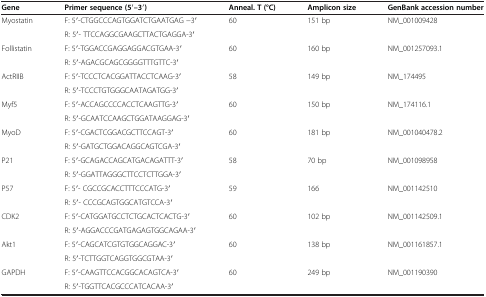
<table><thead><tr><td><b>Gene</b></td><td><b>Primer sequence (5′–3′)</b></td><td><b>Anneal. T (°C)</b></td><td><b>Amplicon size</b></td><td><b>GenBank accession number</b></td></tr></thead><tbody><tr><td rowspan="2">Myostatin</td><td>F: 5′-CTGGCCCAGTGGATCTGAATGAG −3′</td><td rowspan="2">60</td><td rowspan="2">151 bp</td><td rowspan="2">NM_001009428</td></tr><tr><td>R: 5′- TTCCAGGCGAAGCTTACTGAGGA-3′</td></tr><tr><td rowspan="2">Follistatin</td><td>F: 5′-TGGACCGAGGAGGACGTGAA-3′</td><td rowspan="2">60</td><td rowspan="2">160 bp</td><td rowspan="2">NM_001257093.1</td></tr><tr><td>R: 5′-AGACGCAGCGGGGTTTGTTC-3′</td></tr><tr><td rowspan="2">ActRIIB</td><td>F: 5′-TCCCTCACGGATTACCTCAAG-3′</td><td rowspan="2">58</td><td rowspan="2">149 bp</td><td rowspan="2">NM_174495</td></tr><tr><td>R: 5′-TCCCTGTGGGCAATAGATGG-3′</td></tr><tr><td rowspan="2">Myf5</td><td>F: 5′-ACCAGCCCCACCTCAAGTTG-3′</td><td rowspan="2">60</td><td rowspan="2">150 bp</td><td rowspan="2">NM_174116.1</td></tr><tr><td>R: 5′-GCAATCCAAGCTGGATAAGGAG-3′</td></tr><tr><td rowspan="2">MyoD</td><td>F: 5′-CGACTCGGACGCTTCCAGT-3′</td><td rowspan="2">60</td><td rowspan="2">181 bp</td><td rowspan="2">NM_001040478.2</td></tr><tr><td>R: 5′-GATGCTGGACAGGCAGTCGA-3′</td></tr><tr><td rowspan="2">P21</td><td>F: 5′-GCAGACCAGCATGACAGATTT-3′</td><td rowspan="2">58</td><td rowspan="2">70 bp</td><td rowspan="2">NM_001098958</td></tr><tr><td>R: 5′-GGATTAGGGCTTCCTCTTGGA-3′</td></tr><tr><td rowspan="2">P57</td><td>F: 5′- CGCCGCACCTTTCCCATG-3′</td><td rowspan="2">59</td><td rowspan="2">166</td><td rowspan="2">NM_001142510</td></tr><tr><td>R: 5′- CCCGCAGTGGCATGTCCA-3′</td></tr><tr><td rowspan="2">CDK2</td><td>F: 5′-CATGGATGCCTCTGCACTCACTG-3′</td><td rowspan="2">60</td><td rowspan="2">102 bp</td><td rowspan="2">NM_001142509.1</td></tr><tr><td>R: 5′-AGGACCCGATGAGAGTGGCAGAA-3′</td></tr><tr><td rowspan="2">Akt1</td><td>F: 5′-CAGCATCGTGTGGCAGGAC-3′</td><td rowspan="2">60</td><td rowspan="2">138 bp</td><td rowspan="2">NM_001161857.1</td></tr><tr><td>R: 5′-TCTTGGTCAGGTGGCGTAA-3′</td></tr><tr><td rowspan="2">GAPDH</td><td>F: 5′-CAAGTTCCACGGCACAGTCA-3′</td><td rowspan="2">60</td><td rowspan="2">249 bp</td><td rowspan="2">NM_001190390</td></tr><tr><td>R: 5′-TGGTTCACGCCCATCACAA-3′</td></tr></tbody></table>